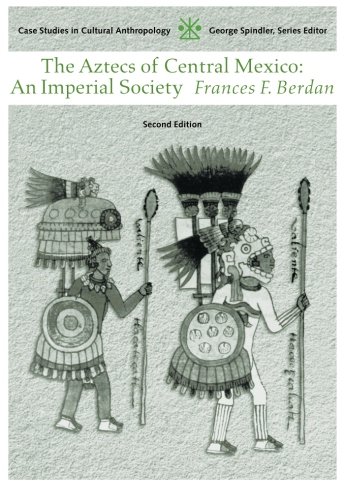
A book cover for Aztecs of Central Mexico: An Imperial Society (Case Studies in Cultural Anthropology); Frances Berdan; History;